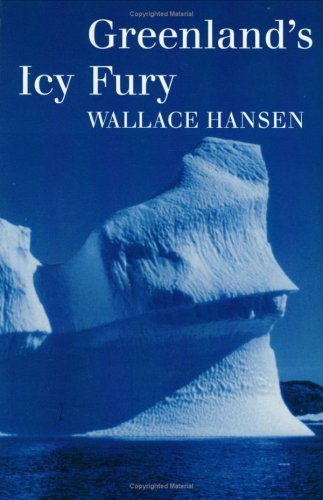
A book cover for Greenland's Icy Fury (Williams-Ford Texas A&M University Military History Series); Wallace R. Hansen; History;